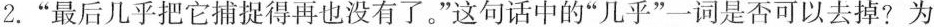
2.”最后几乎把它捕捉得再也没有了。”这句话中的”几乎”一词是否可以去掉?为